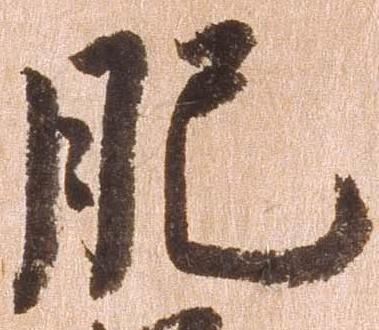
肥